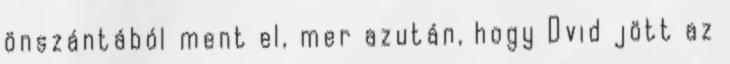
önszántából ment el, mer azután, hogy Dvid jött az